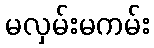
မလှမ်းမကမ်း